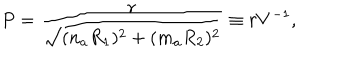
P = \frac { r } { \sqrt { ( n _ { a } R _ { 1 } ) ^ { 2 } + ( m _ { a } R _ { 2 } ) ^ { 2 } } } \equiv r V ^ { - 1 } ,